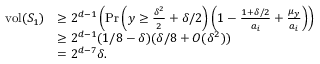
\begin{array} { r l } { \mathrm { v o l } ( S _ { 1 } ) } & { \ge 2 ^ { d - 1 } \left( \operatorname* { P r } \left( y \ge \frac { \delta ^ { 2 } } { 2 } + \delta / 2 \right) \left( 1 - \frac { 1 + \delta / 2 } { a _ { i } } + \frac { \mu _ { y } } { a _ { i } } \right) \right) } \\ & { \ge 2 ^ { d - 1 } ( 1 / 8 - \delta ) ( \delta / 8 + O ( \delta ^ { 2 } ) ) } \\ & { = 2 ^ { d - 7 } \delta . } \end{array}